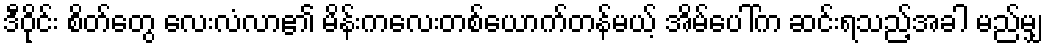
ဒီဝိုင်း စိတ်တွေ လေးလံလာ၏ မိန်းကလေးတစ်ယောက်တန်မယ့် အိမ်ပေါ်က ဆင်းရသည့်အခါ မည်မျှ